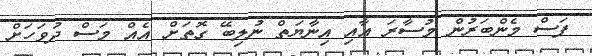
ފަސް މެންބަރުން މުސާރަ އާއި އިނާޔަތް ނުލިބޭ ގޮތަށް އެއް މަސް ދުވަހަށް